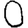
Digit: 0